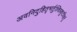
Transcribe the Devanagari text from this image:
अवनिदुहितृभर्तुश्चित्रकूटविहर्तु